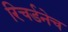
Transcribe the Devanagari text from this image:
रिचर्डनेच